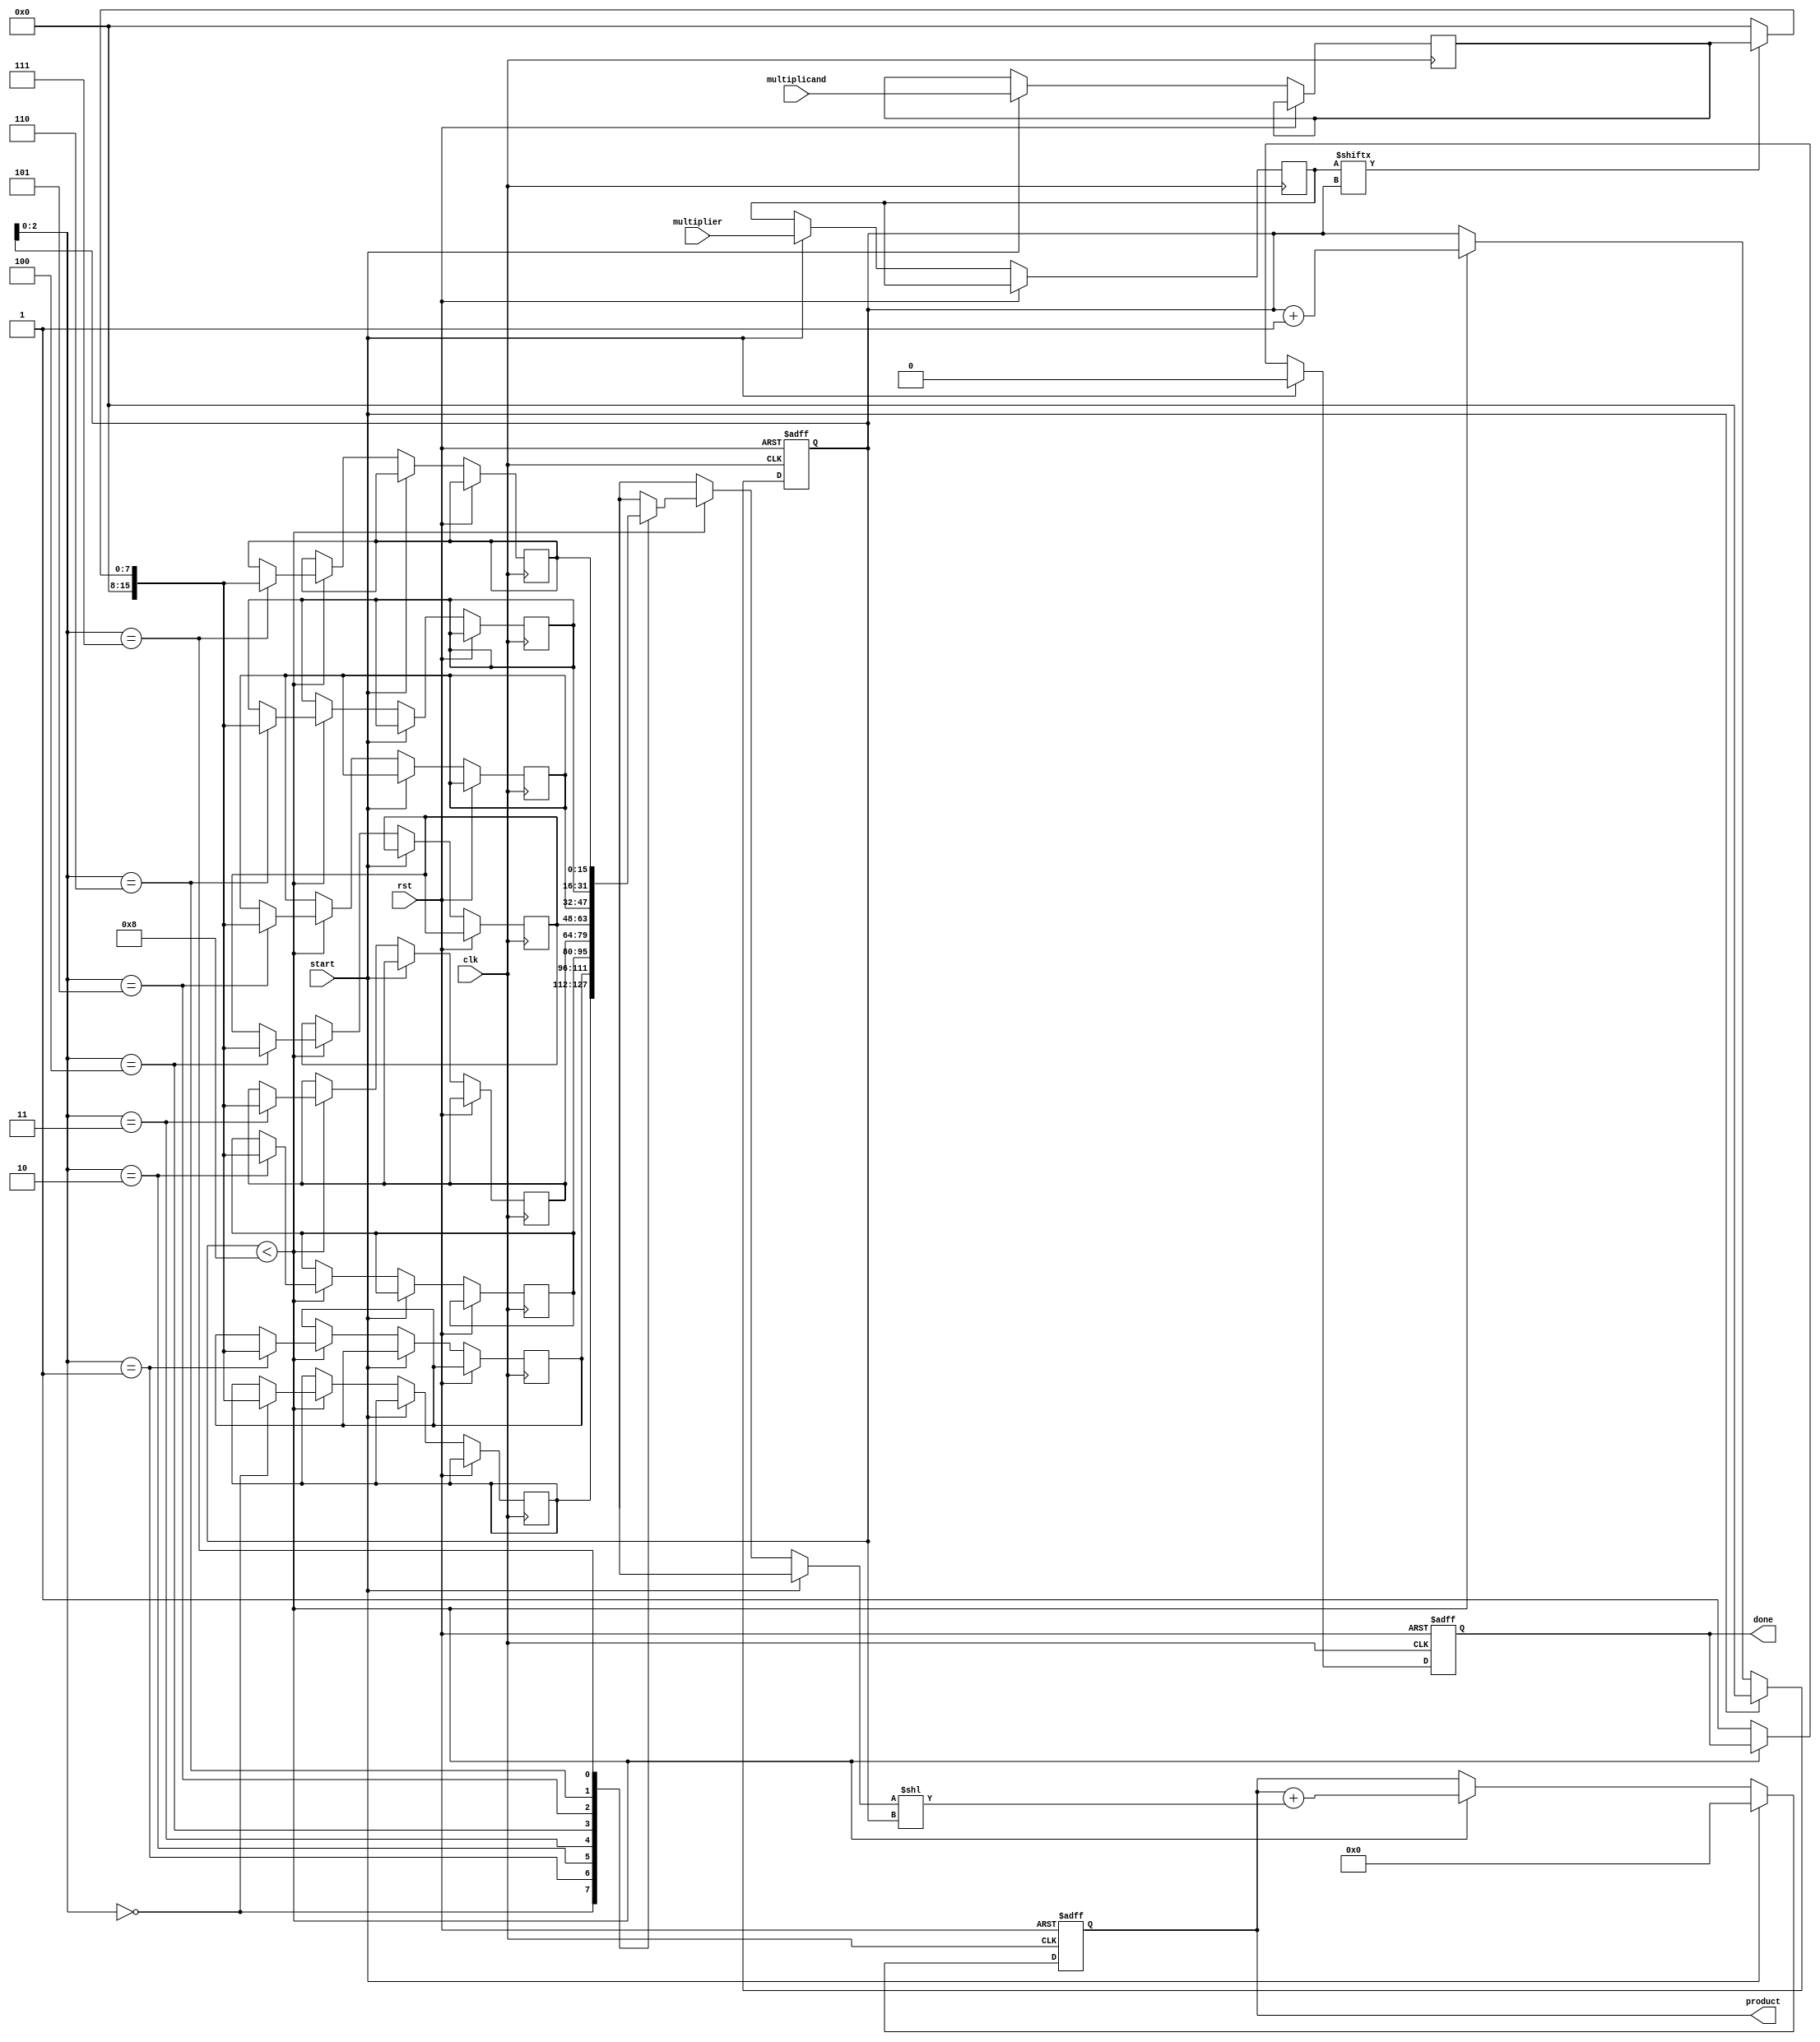
module radix2_multiplier #(
    parameter WIDTH = 8 // Bit-width for the inputs
)(
    input wire clk,
    input wire rst,
    input wire [WIDTH-1:0] multiplicand,
    input wire [WIDTH-1:0] multiplier,
    input wire start,
    output reg [2*WIDTH-1:0] product,
    output reg done
);

    reg [WIDTH-1:0] A; // Multiplicand
    reg [WIDTH-1:0] B; // Multiplier
    reg [2*WIDTH-1:0] partial_product [0:WIDTH-1]; // Array of partial products
    reg [WIDTH-1:0] count; // Counter for the number of bits processed
    reg [2*WIDTH-1:0] sum; // Temporary sum for the addition

    always @(posedge clk or posedge rst) begin
        if (rst) begin
            product <= 0;
            done <= 0;
            count <= 0;
        end else if (start) begin
            A <= multiplicand; // Load multiplicand
            B <= multiplier; // Load multiplier
            count <= 0; // Reset count
            done <= 0; // Reset done signal
            product <= 0; // Reset product
        end else if (count < WIDTH) begin
            // Generate partial product
            partial_product[count] <= (B[count] == 1'b1) ? A : 0;

            // Shift and add
            sum = product + (partial_product[count] << count);
            product <= sum;

            // Increment count
            count <= count + 1;
        end else begin
            done <= 1; // Indicate completion
        end
    end
endmodule